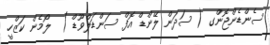
ސެންޑެންޖޮންގ ( ސަދަން ލޭންޑް އޮފް ސަންޑަލްވޫޑް )  ލޯމެން ކަޒްހީ